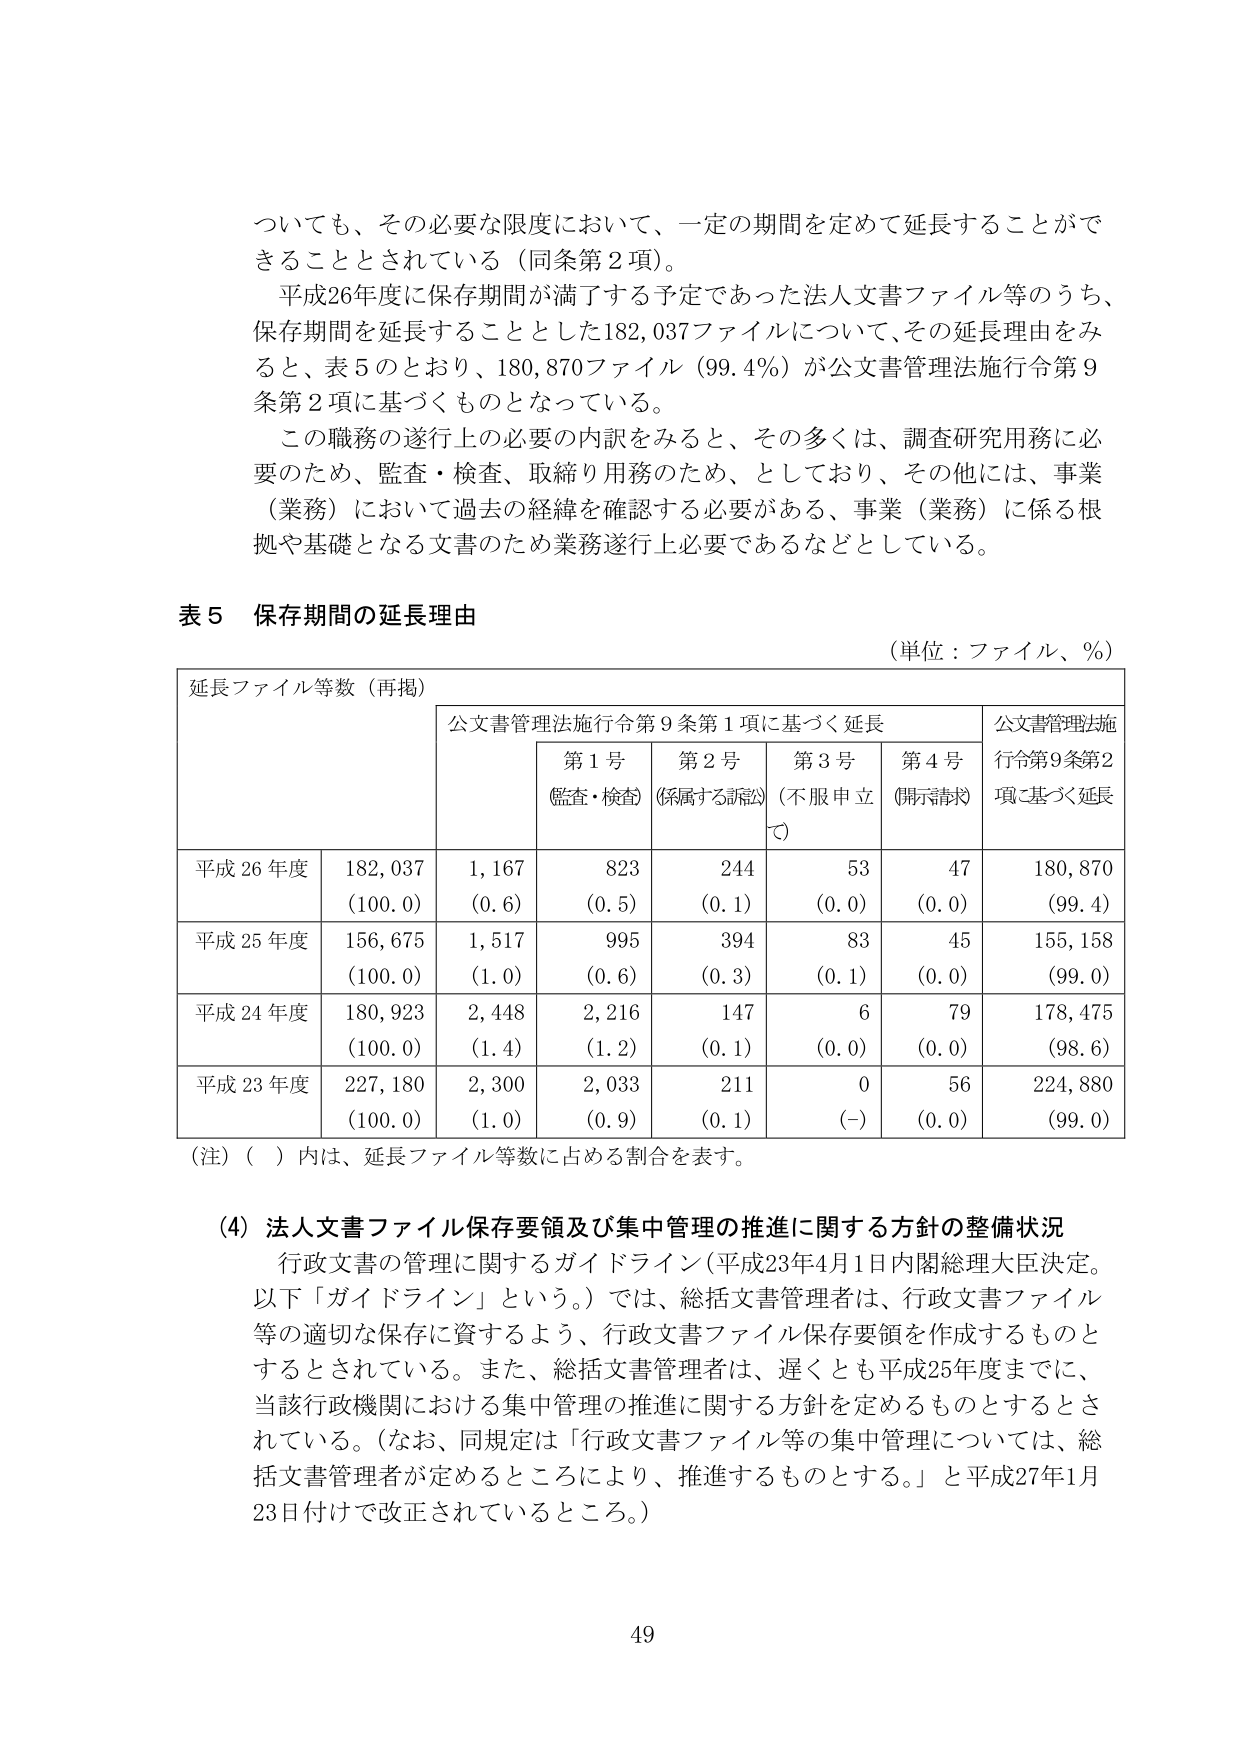
ついても、その必要な限度において、一定の期間を定めて延長することができる こととされている（同条第2項）。

平成26年度に保存期間が満了する予定であった法人文書ファイル等のうち、 保存期間を延長することとした182,037ファイルについて、その延長理由をみ ると、表5のとおり、180,870ファイル（99.4％）が公文書管理法施行令第9 条第2項に基づくものとなっている。

この職務の遂行上の必要の内訳をみると、その多くは、調査研究用務に必 要のため、監査・検査、取締り用務のため、としており、その他には、事業 （業務）において過去の経緯を確認する必要がある、事業（業務）に係る根 拠や基礎となる文書のため業務遂行上必要であるなどとしている。

表5 保存期間の延長理由
（単位：ファイル、％）

延長ファイル等数（再掲）
公文書管理法施行令第9条第1項に基づく延長
第1号（監査・検査）
第2号（係属する訴訟）
第3号（不服申立て）
第4号（開示請求）
公文書管理法施行令第9条第2項に基づく延長

平成26年度 182,037 1,167 823 244 53 47 180,870
（100.0） （0.6） （0.5） （0.1） （0.0） （0.0） （99.4）

平成25年度 156,675 1,517 995 394 83 45 155,158
（100.0） （1.0） （0.6） （0.3） （0.1） （0.0） （99.0）

平成24年度 180,923 2,448 2,216 147 6 79 178,475
（100.0） （1.4） （1.2） （0.1） （0.0） （0.0） （98.6）

平成23年度 227,180 2,300 2,033 211 0 56 224,880
（100.0） （1.0） （0.9） （0.1） （-） （0.0） （99.0）

（注）（ ）内は、延長ファイル等数に占める割合を表す。

（4）法人文書ファイル保存要領及び集中管理の推進に関する方針の整備状況
行政文書の管理に関するガイドライン（平成23年4月1日内閣総理大臣決定。 以下「ガイドライン」という。）では、総括文書管理者は、行政文書ファイル 等の適切な保存に資するよう、行政文書ファイル保存要領を作成するものと するとされている。また、総括文書管理者は、遅くとも平成25年度までに、 当該行政機関における集中管理の推進に関する方針を定めるものとするとさ れている。（なお、同規定は「行政文書ファイル等の集中管理については、総 括文書管理者が定めるところにより、推進するものとする。」と平成27年1月 23日付けで改正されているところ。）

49